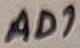
Text: AD1